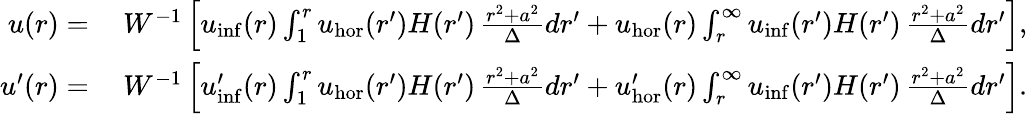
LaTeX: \begin{array}{rl}{u(r)=}&{\: W^{-1}\left[u_{\mathrm{inf}}(r)\int_{1}^{r}u_{\mathrm{hor}}(r^{\prime})H(r^{\prime})\, \frac{r^{2}+a^{2}}{\Delta}dr^{\prime}+u_{\mathrm{hor}}(r)\int_{r}^{\infty}u_{\mathrm{inf}}(r^{\prime})H(r^{\prime})\, \frac{r^{2}+a^{2}}{\Delta}dr^{\prime}\right],}\\ {u^{\prime}(r)=}&{\: W^{-1}\left[u_{\mathrm{inf}}^{\prime}(r)\int_{1}^{r}u_{\mathrm{hor}}(r^{\prime})H(r^{\prime})\, \frac{r^{2}+a^{2}}{\Delta}dr^{\prime}+u_{\mathrm{hor}}^{\prime}(r)\int_{r}^{\infty}u_{\mathrm{inf}}(r^{\prime})H(r^{\prime})\, \frac{r^{2}+a^{2}}{\Delta}dr^{\prime}\right].}\end{array}